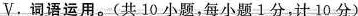
V. 词语运用。(共 10 小题，每小题1分，计 10 分)